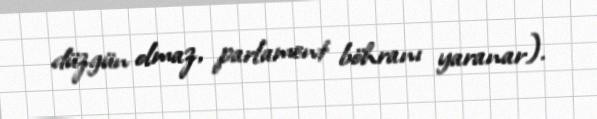
düzgün olmaz, parlament böhranı yaranar).